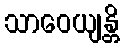
သာဝေယျန္တိ